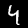
Label: 4